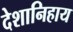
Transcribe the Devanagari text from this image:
देशानिहाय